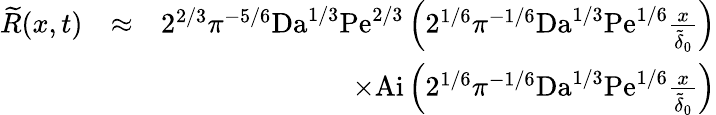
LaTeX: \begin{array}{rlr}{\widetilde{R}(x,t)}&{\approx}&{2^{2/3}\pi^{-5/6}\textrm{Da}^{1/3}\textrm{Pe}^{2/3}\left(2^{1/6}\pi^{-1/6}\textrm{Da}^{1/3}\textrm{Pe}^{1/6}\frac{x}{\widetilde{\delta}_{0}}\right)}\\ &{}&{\times\textrm{Ai}\left(2^{1/6}\pi^{-1/6}\textrm{Da}^{1/3}\textrm{Pe}^{1/6}\frac{x}{\widetilde{\delta}_{0}}\right)}\end{array}